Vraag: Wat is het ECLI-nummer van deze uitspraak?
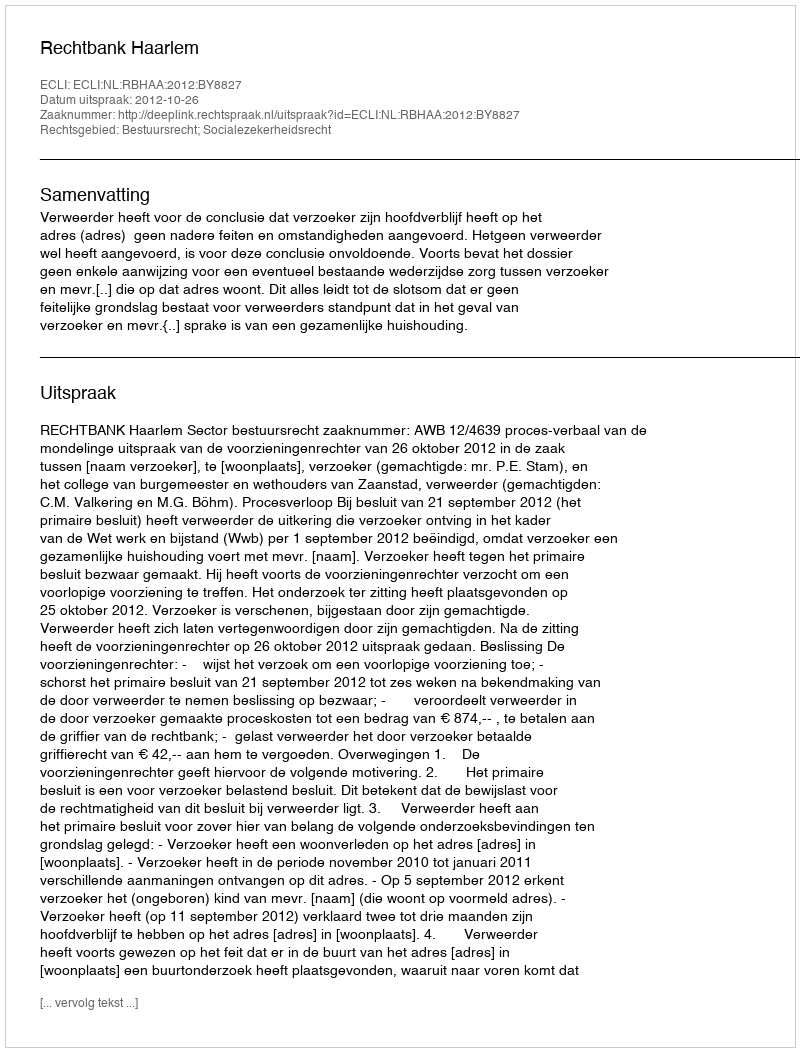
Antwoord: ECLI:NL:RBHAA:2012:BY8827